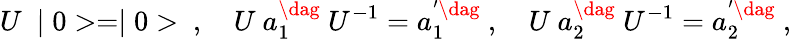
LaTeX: U~\mid 0>=\mid 0>~,~~~~U~a_{1}^{\dag}~U^{-1}=a_{1}^{'\dag}~,~~~~U~a_{2}^{\dag}~U^{-1}=a_{2}^{'\dag}~,